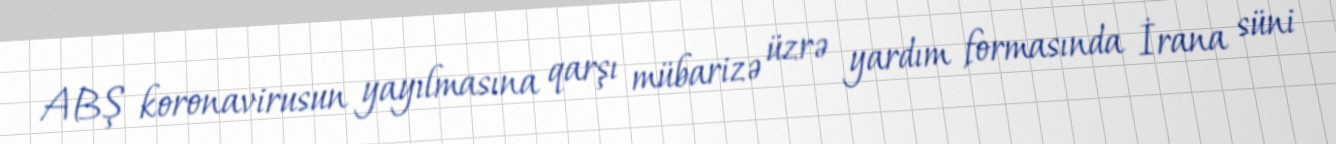
ABŞ koronavirusun yayılmasına qarşı mübarizə üzrə yardım formasında İrana süni